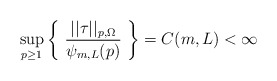
\begin{align*} \sup_{p \ge 1} \left\{ \ \frac{||\tau||_{p,\Omega}}{\psi_{m,L}(p)} \ \right\} = C(m,L) < \infty\end{align*}